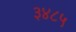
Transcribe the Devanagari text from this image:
३४८५